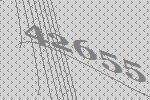
42655